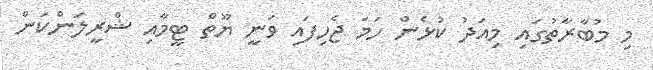
މި މުބާރާތުގައި މިއަދު ކުޅެން ހަމަ ޖެހިފައި ވަނީ ޔޫތް ޓީމާއި ޝްރީލަންކަން